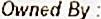
OWNED BY :